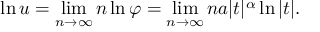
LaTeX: \ln u = \operatorname* { l i m } _ { n \to \infty } n \ln \varphi = \operatorname* { l i m } _ { n \to \infty } n a | t | ^ { \alpha } \ln | t | .